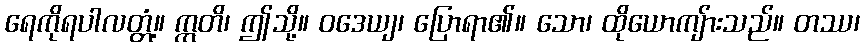
ရေကိုရပါလတ္တံ့။ ဣတိ၊ ဤသို့။ ဝဒေယျ၊ ပြောရာ၏။ သော၊ ထိုယောကျ်ားသည်။ တဿ၊